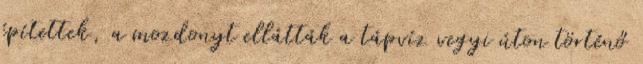
építettek, a mozdonyt ellátták a tápvíz vegyi úton történő